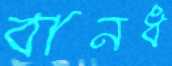
বানধ